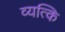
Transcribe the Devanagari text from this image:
व्यत्कि